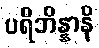
ပရိဘိန္နာနိ